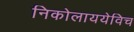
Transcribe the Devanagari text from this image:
निकोलाययेविच